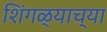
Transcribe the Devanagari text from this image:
शिंगळ्याच्या